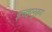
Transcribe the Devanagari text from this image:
इच्छानुरुप